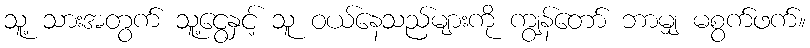
သူ့ သားအတွက် သူ့ငွေနှင့် သူ ဝယ်နေသည်များကို ကျွန်တော် ဘာမျှ မစွက်ဖက်။